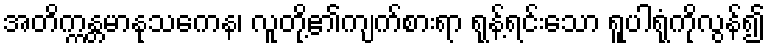
အတိက္ကန္တမာနုသကေန၊ လူတို့၏ကျက်စားရာ ရုန့်ရင်းသော ရူပါရုံကိုလွန်၍